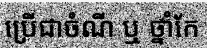
ប្រើជាចំណី ឬ ថ្នាំកែ